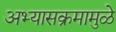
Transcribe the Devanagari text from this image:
अभ्यासक्रमामुळे